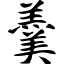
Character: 羹